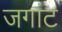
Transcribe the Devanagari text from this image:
जगांट